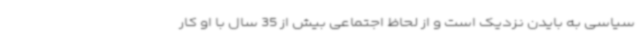
سیاسی به بایدن نزدیک است و از لحاظ اجتماعی بیش از 35 سال با او کار